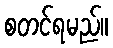
စတင်ရမည်။